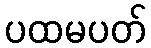
ပထမပတ်